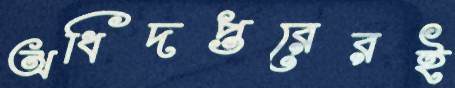
অধিদপ্তরেরই